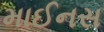
માઈનસ